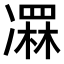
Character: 𠘏